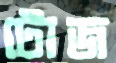
টোজ